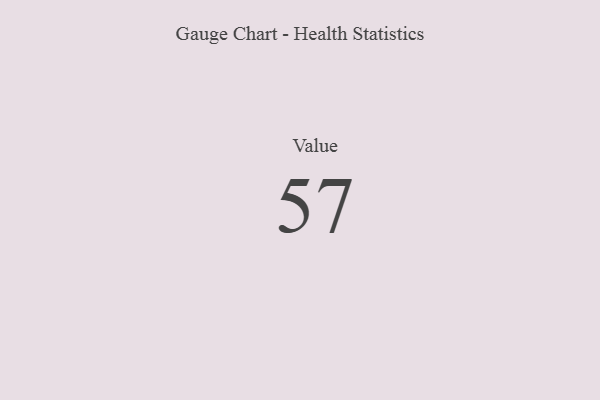
{"axis": {"x": "Metric", "y": "Value"}, "legend": [""], "data": [{"x": "Value", "y": 57, "type": ""}]}